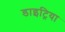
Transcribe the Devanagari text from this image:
डाइट्रिया